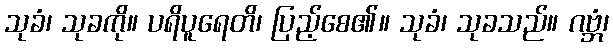
သုခံ၊ သုခကို။ ပရိပူရေတိ၊ ပြည့်စေ၏။ သုခံ၊ သုခသည်။ ဂဗ္ဘံ၊